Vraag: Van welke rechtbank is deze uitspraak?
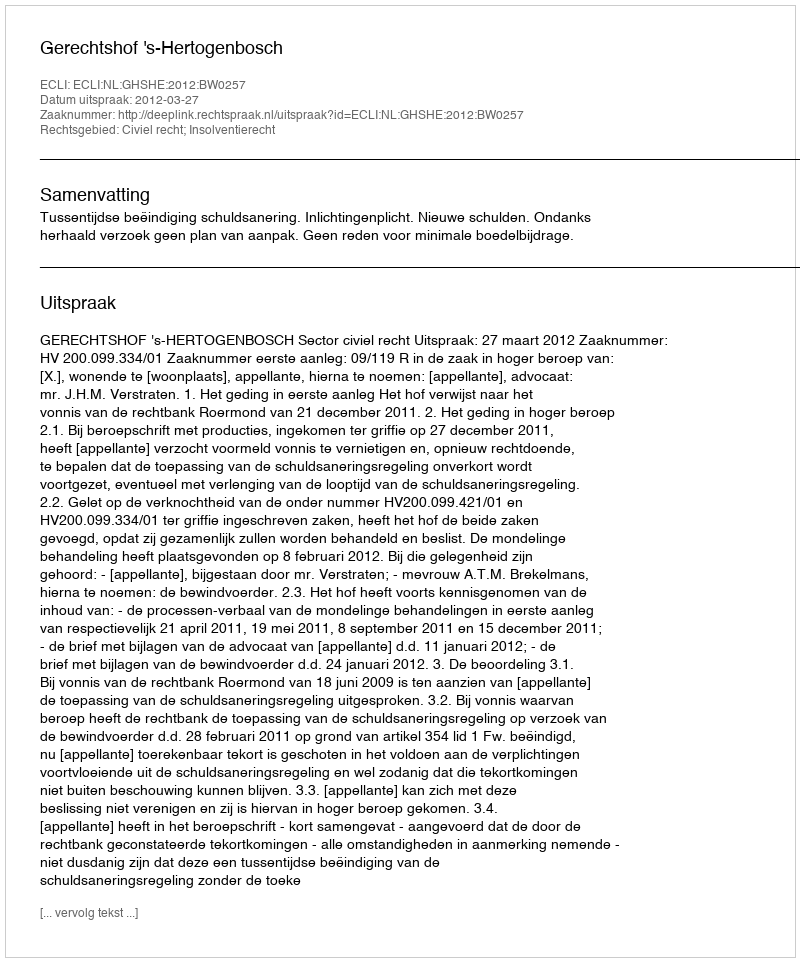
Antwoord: Gerechtshof 's-Hertogenbosch